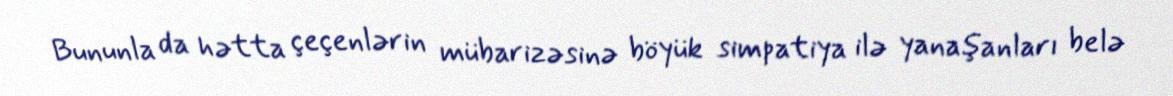
Bununla da hətta çeçenlərin mübarizəsinə böyük simpatiya ilə yanaşanları belə